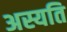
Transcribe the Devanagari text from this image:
अस्यति